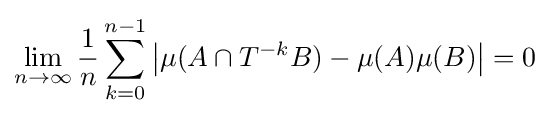
\lim _{n\to \infty }{\frac {1}{n}}\sum _{k=0}^{n-1}\left|\mu (A\cap T^{-k}B)-\mu (A)\mu (B)\right|=0